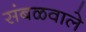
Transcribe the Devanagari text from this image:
संबळवाले